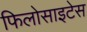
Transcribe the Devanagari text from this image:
फिलोसाइटेस